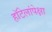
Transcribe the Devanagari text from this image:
हॉटेलांपेक्षा